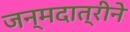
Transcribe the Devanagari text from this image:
जन्मदात्रीने